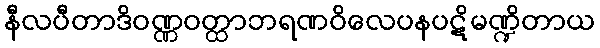
နီလပီတာဒိဝဏ္ဏဝတ္ထာဘရဏဝိလေပနပဋိမဏ္ဍိတာယ